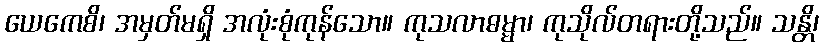
ယေကေစိ၊ အမှတ်မရှိ အလုံးစုံကုန်သော။ ကုသလာဓမ္မာ၊ ကုသိုလ်တရားတို့သည်။ သန္တိ၊